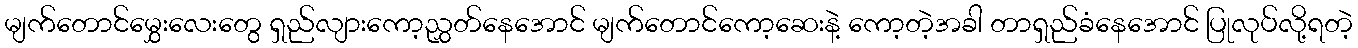
မျက်တောင်မွှေးလေးတွေ ရှည်လျားကော့ညွှတ်နေအောင် မျက်တောင်ကော့ဆေးနဲ့ ကော့တဲ့အခါ တာရှည်ခံနေအောင် ပြုလုပ်လို့ရတဲ့